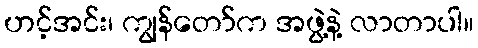
ဟင့်အင်း၊ ကျွန်တော်က အဖွဲ့နဲ့ လာတာပါ။